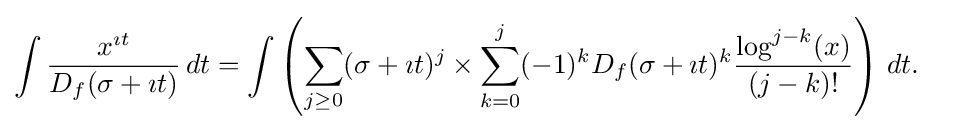
{\begin{aligned}\int {\frac {x^{\imath t}}{D_{f}(\sigma +\imath t)}}\,dt&=\int \left(\sum _{j\geq 0}(\sigma +\imath t)^{j}\times \sum _{k=0}^{j}(-1)^{k}D_{f}(\sigma +\imath t)^{k}{\frac {\log ^{j-k}(x)}{(j-k)!}}\right)\,dt.\end{aligned}}